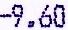
-9.60